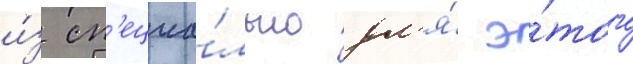
и́з сп'ециа́льно дл'я́ э́того